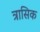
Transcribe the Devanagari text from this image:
त्रासिक